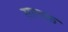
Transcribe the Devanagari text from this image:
सालक